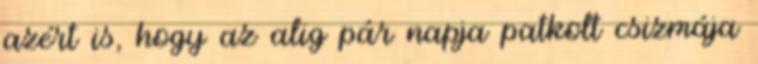
azért is, hogy az alig pár napja patkolt csizmája